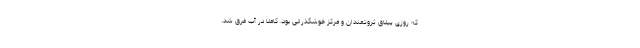
که روزی ییلاق ثروتمندان و مرکز خوشگذرانی بود، کاملا در آب غرق شد.